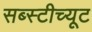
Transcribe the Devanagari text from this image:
सब्स्टीच्यूट